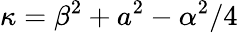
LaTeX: \kappa=\beta^{2}+a^{2}-\alpha^{2}/4